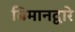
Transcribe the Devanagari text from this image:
बिमानद्वारे